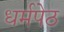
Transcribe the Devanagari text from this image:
धर्मपेठ